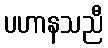
ပဟာနသညီ